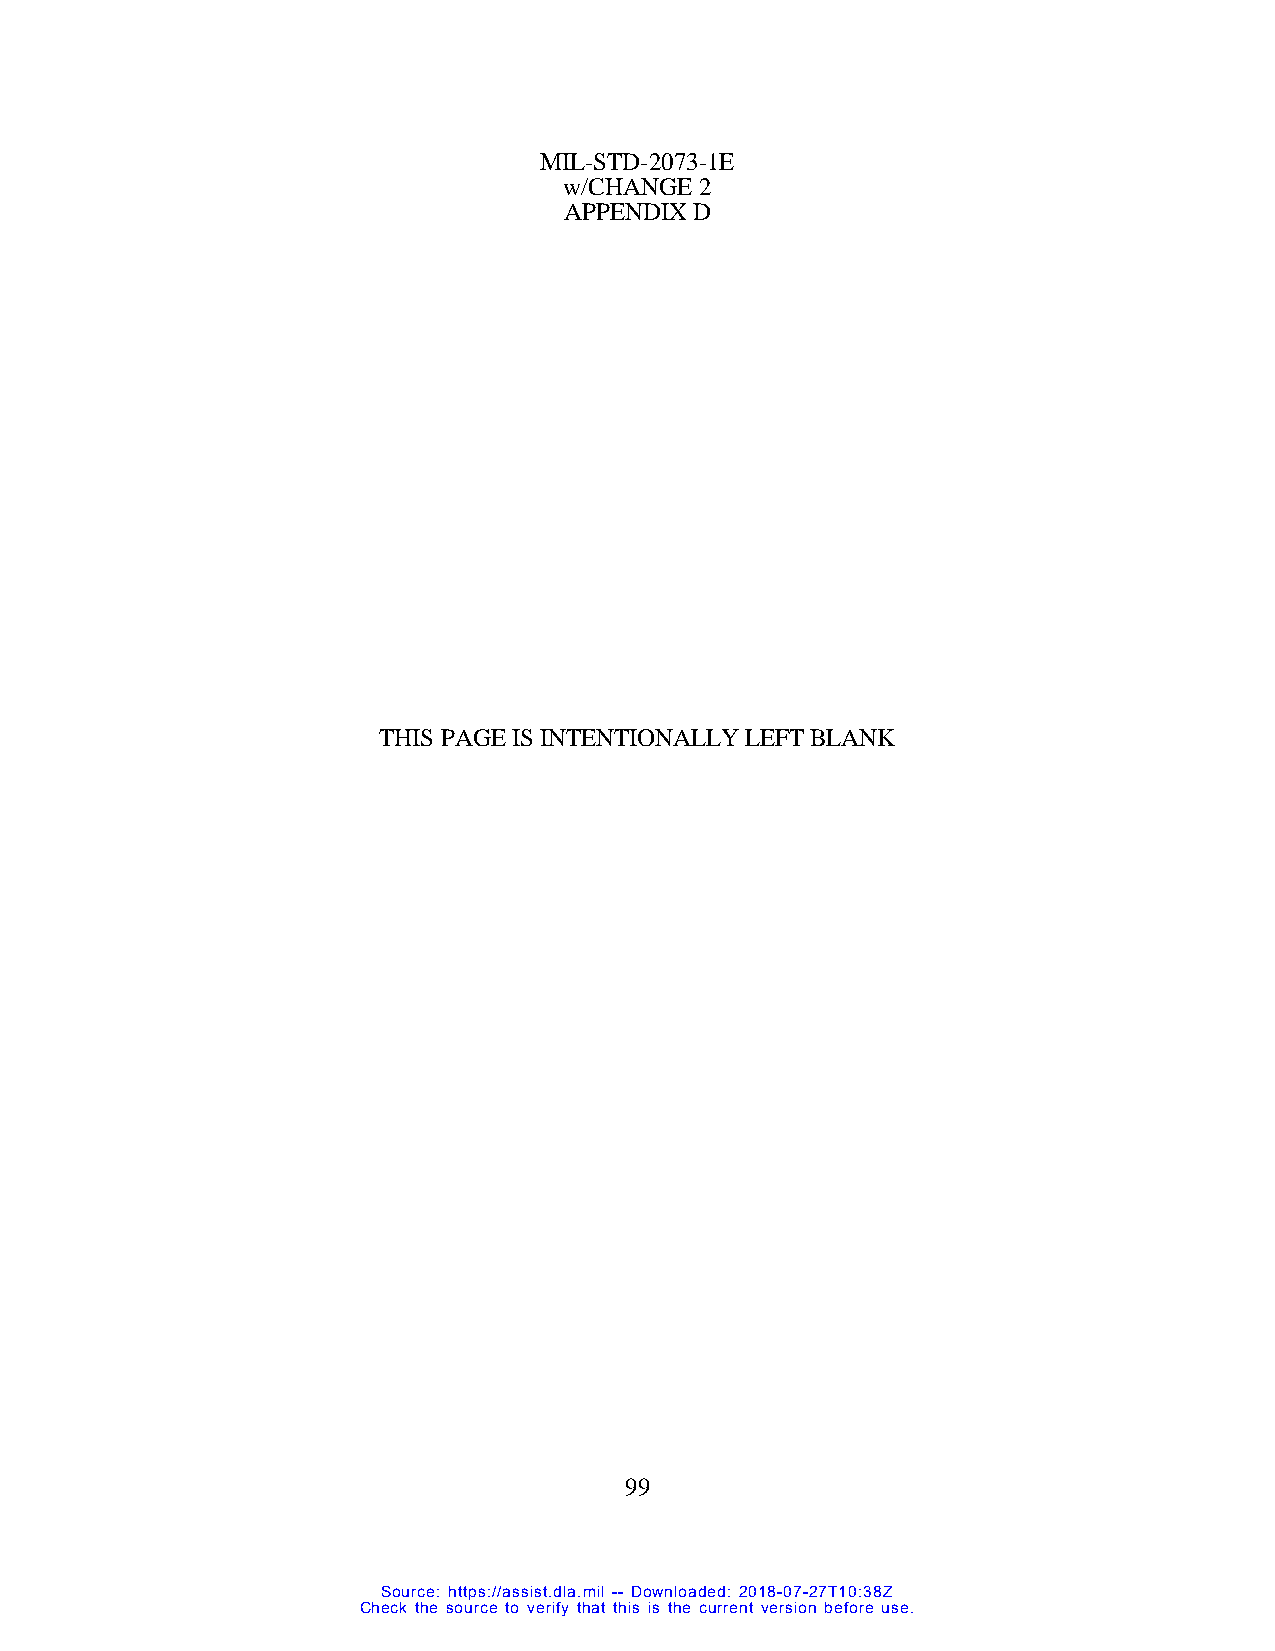
MIL-STD-2073-1E
 w/CHANGE 2
 APPENDIX D
 THIS PAGE IS INTENTIONALLY LEFT BLANK
 99
 Source: https://assist.dla.mil -- Downloaded: 2018-07-27T10:38Z
 Check the source to verify that this is the current version before use.